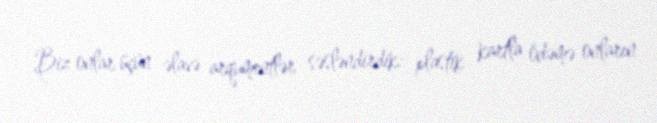
Biz onlar üçün əlavə arqumentlər səsləndirdik: plastik kartla ödəmə onların